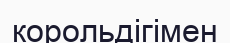
корольдігімен